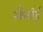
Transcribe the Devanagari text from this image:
स्कैबीई